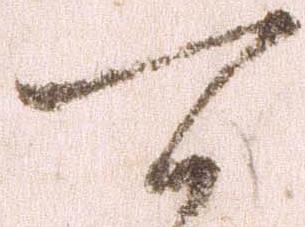
可